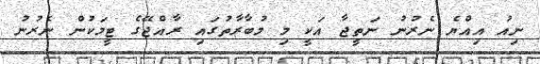
ނިއު އިއްޔެ ނެރުނު ނަތީޖާ އަކީ މި މުބާރާތުގައި ރާއްޖޭގެ ޓީމަކުން ނެރުނު